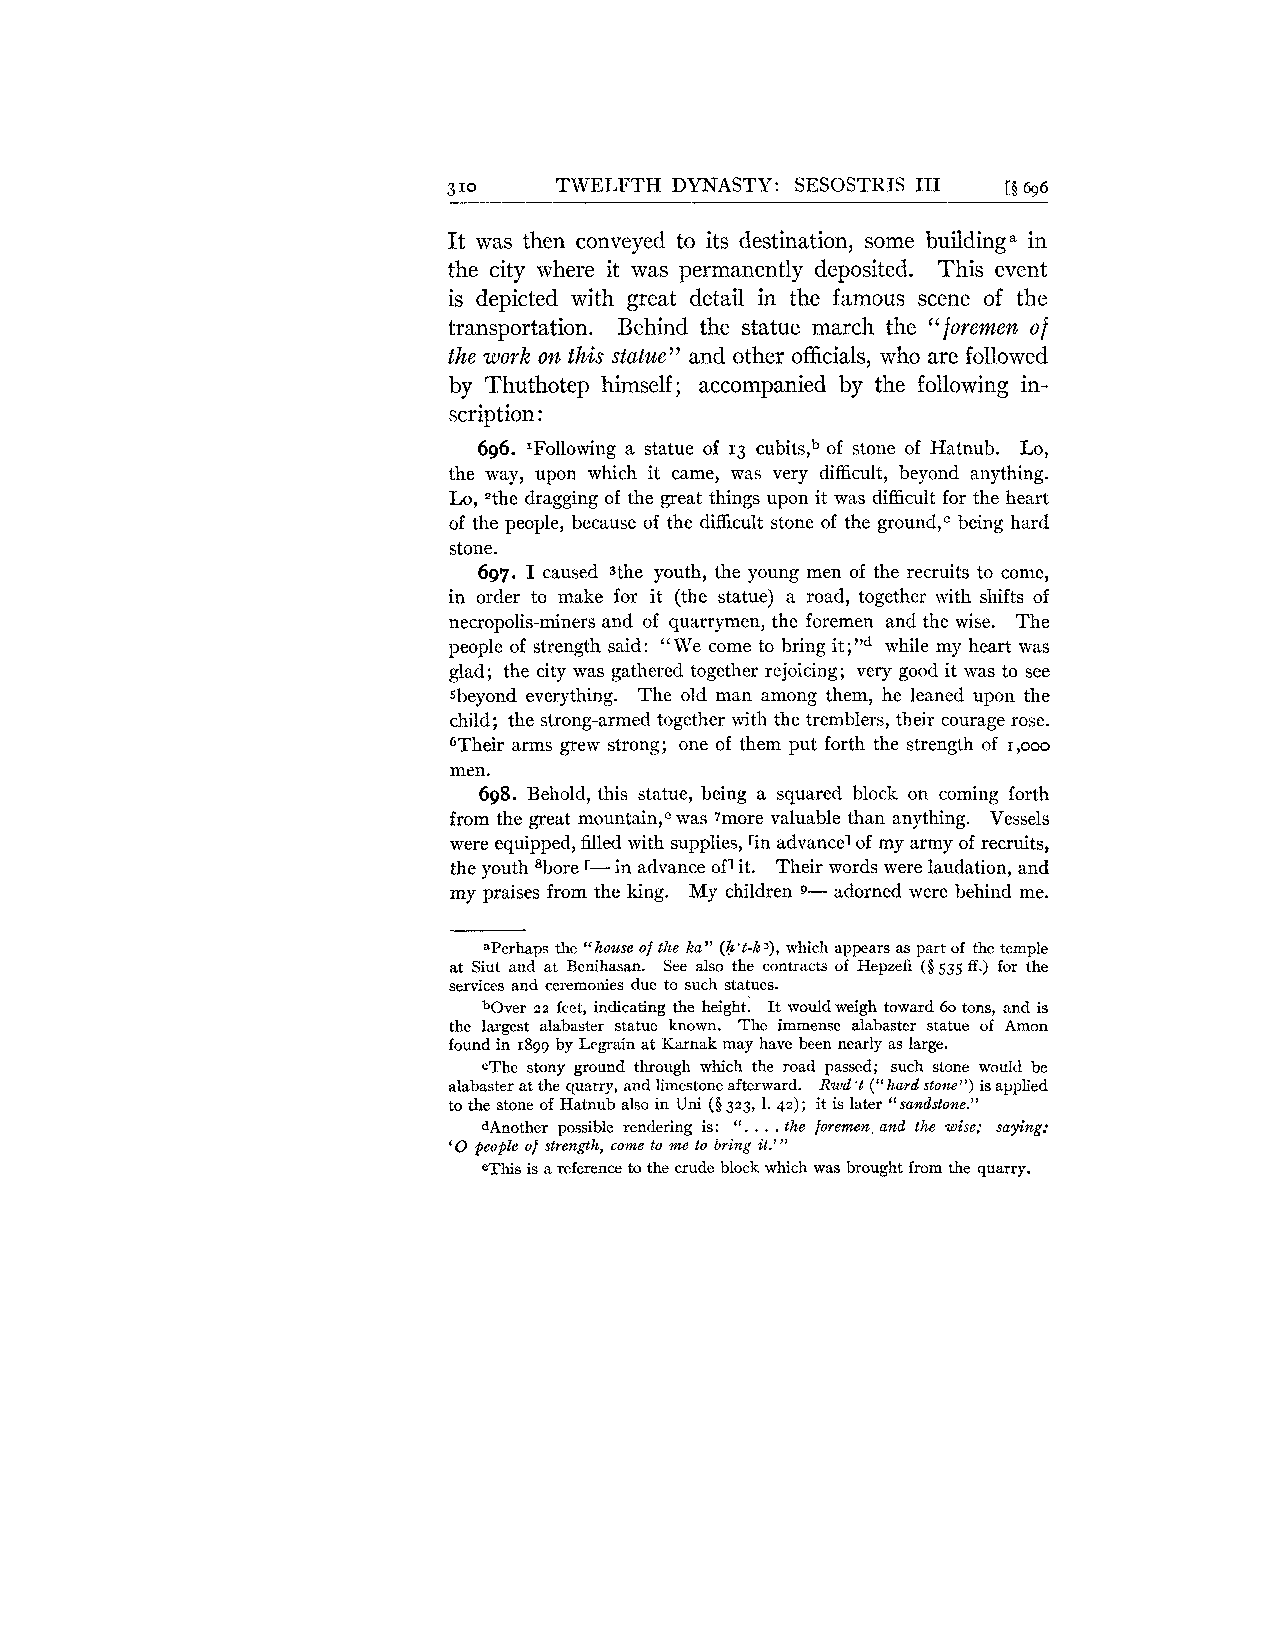
3 10   TWELFTH DYNASTY: SESOSTRIS I11 [S 696
 It was then conveyed to its destination, some building. in
 the city where it was permanently deposited. This event
 is depicted with great detail in the famous scene of the
 transportation. Behind the statue march the "foremen of
 the work on this statue" and other officials, who are followed
 by Thuthotep himself; accompanied by the following in-
 scription :
 696. XFollowing a statue of 13 cubits,b of stone of Hatnub. Lo,
 the way, upon which it came, was very difficult, beyond anything.
 Lo, Zthe dragging of the great things upon it was difficult for the heart
 of the people, because of the difficult stone of the ground," being hard
 stone.
 697. I caused sthe youth, the young men of the recruits to come,
 in order to make for it (the statue) a road, together with shifts of
 necropolis-miners and of quarrymen, the foremen and the wise. The
 people of strength said: "V17e come to bring it;"d while my heart was
 glad; the city was gathered together rejoicing; very good it was to see
 sbeyond everything. The old man among them, he leaned upon the
 child; the strong-armed together with the tremblers, their courage rose.
 6Their arms grew strong; one of them put forth the strength of 1,000
 men.
 698. Behold, this statue, being a squared block on coming forth
 from the great mo~ntainw,~as 7more valuable than anything. Vessels
 were equipped, filled with supplies, fin advance1 of my army of recruits,
 the youth 8bore r- in advance of1 it. Their words were laudation, and
 my praises from the king. My children adorned were behind me.
 9-
 aperhaps the "house of the ha" (h't-k 3, which appears as part of the temple
 at Siut and at Benihasan. See also the contracts of Hepzefi ($535 ff.) for the
 services and ceremonies due to such statues.
 bOver 22 feet, indicating the height: It would weigh toward 60 tons, and is
 the largest alabaster statue known. The immense alabaster statue of Amon
 found in 1899 by Legrain at Karnak may have been nearly as large.
 cThe stony ground through which the road passed; such stone would be
 alabaster at the quarry, and limestone afterward. Rwd 't ("hard stone") is applied
 to the stone of Hatnub also in Uni ($323, 1. 42); it is later "sandstone."
 ". . . .
 dAnother possible rendering is: the foremen, and the wise; saying:
 '0 people of strength, come to me to bring it.'"
 eThis is a reference to the crude block which was brought from the quarry.